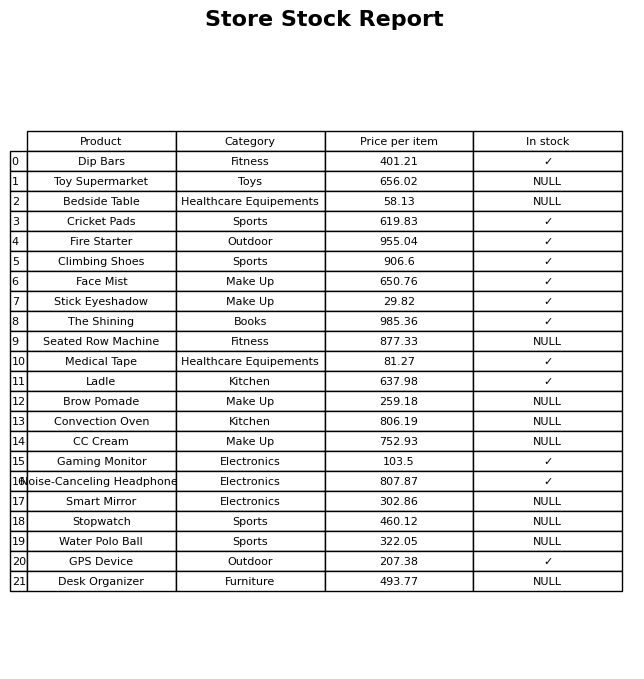
question: What category does the Convection Oven belong to?
answer: Kitchen